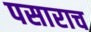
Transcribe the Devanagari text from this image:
पसाराच